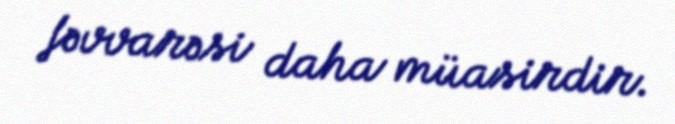
fəvvarəsi daha müasirdir.